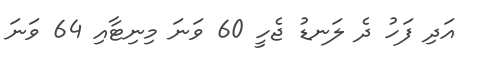
އަދި ފަހު ދެ ލަނޑު ޖެހީ 60 ވަނަ މިނިޓާއި 64 ވަނަ